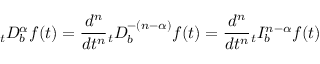
_ { t } D _ { b } ^ { \alpha } f ( t ) = { \frac { d ^ { n } } { d t ^ { n } } } { } _ { t } D _ { b } ^ { - ( n - \alpha ) } f ( t ) = { \frac { d ^ { n } } { d t ^ { n } } } { } _ { t } I _ { b } ^ { n - \alpha } f ( t )